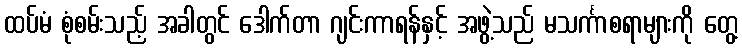
ထပ်မံ စုံစမ်းသည့် အခါတွင် ဒေါက်တာ ဂျင်းကာရန်နှင့် အဖွဲ့သည် မသင်္ကာစရာများကို တွေ့